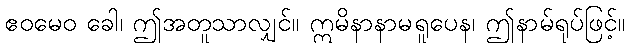
ဧဝမေဝ ခေါ၊ ဤအတူသာလျှင်။ ဣမိနာနာမရူပေန၊ ဤနာမ်ရုပ်ဖြင့်။